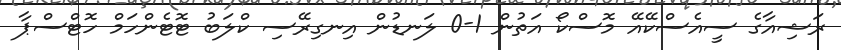
ރަޝިއާގެ ސީއެސްކޭއޭ މޮސްކޯ އަތުން 1-0 ލަނޑުން އިނގިރޭސި ކްލަބު ޓޮޓެންހަމް ހޮޓްސްޕާ